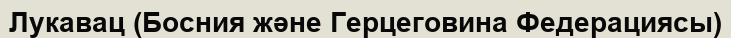
Лукавац (Босния және Герцеговина Федерациясы)